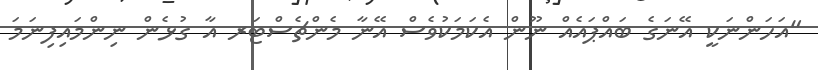
"އަހަންނަކީ އޭނަގެ ބައްޕައެއް ނޫން އެކަމަކުވެސް އޭނާ މެންޗެސްޓަރ އާ ގުޅެން ނިންމައިފިނަމަ